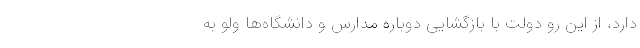
دارد، از این رو دولت با بازگشایی دوباره مدارس و دانشگاه‌ها ولو به